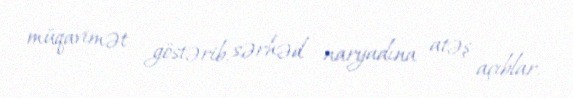
müqavimət göstərib, sərhəd naryadına atəş açıblar.